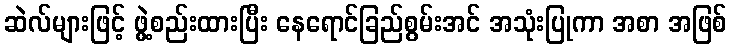
ဆဲလ်များဖြင့် ဖွဲ့စည်းထားပြီး နေရောင်ခြည်စွမ်းအင် အသုံးပြုကာ အစာ အဖြစ်